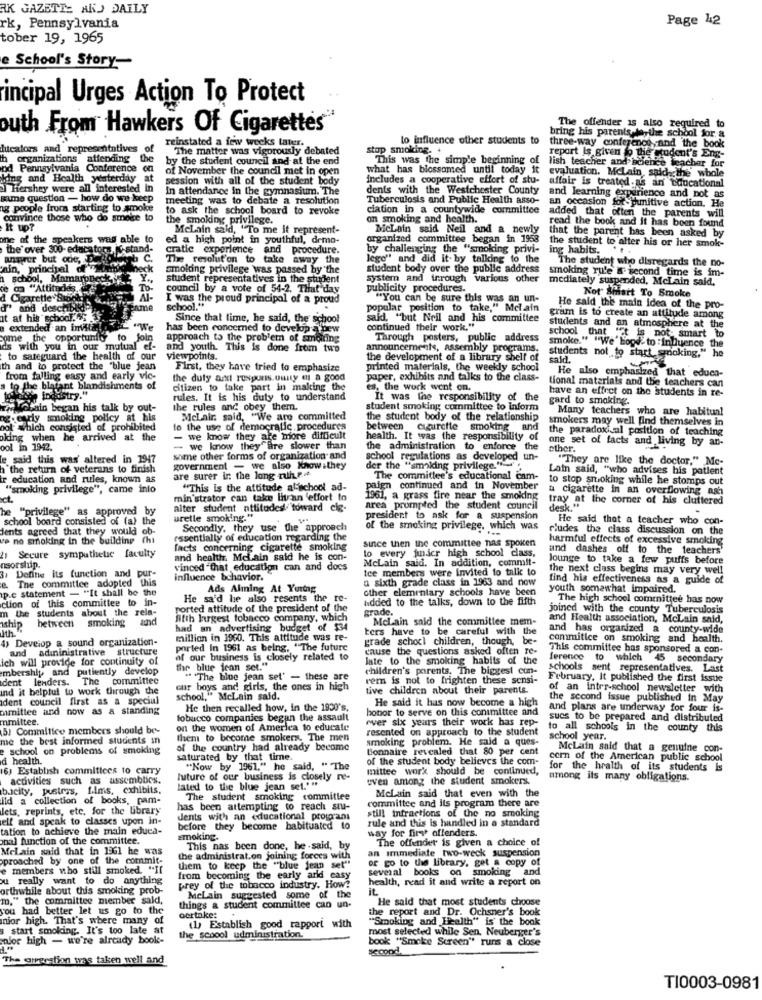
AK GAZETTE AKS DAILY
Page 42
rk, Pennsylvania
tober 19, 1965
e School's Story-
incipal Urges Action To Protect
The offender is also required to
outh From Hawkers Of Cigarettes
to influence other students to
bring his parents la the school for a
lucalors and representatives of
reinstated a few weeks later.
The matter was vigorously debated
stop smoking.
three-way conference , and the book
organizations attending the
by the student council and at the end
This was the simple beginning of lish teacher and science teacher for
the student's Eng-
od Pennsylvania Conference on
of November the council met in open
what has blossomed until today it
evaluation. Mclain, said the whole
king and Health yesterday
session with all of the student body
includes a cooperative effort of stu-
affair is treated.as an caucational
Hershey were all interested
In attendance in the gymnasium. The
dents with the Westchester County
summe question - how do we keep
meeting was to debate a resolution
Tuberculosis and Public Health asso-
and learning experience and not as
an occasion forSpunitive action. He
ag people from starting to smoke
to ask the school board to revoke
ciation in a countywide committee
added that often the parents will
convince those who do smoke to
the smoking privilege.
on smoking and health.
read the book and it has been found
It up?
McLain said, "To me it represent-
MeLain said Neil and a newly
that the parent has been asked by
one of the speakers was able to
ed a high point in youthful, demo-
organized committee began in 1958
the student to alter his or her smok-
the over 300-educators K.stand-
cratic experience
and procedure.
by challenging the "smoking privi-
ing habits.
angrer but ode, P.39
The resolut'on to take away the
lege"' and did it by talking to the
The student who disregards the no-
'nin, principal of'ruhig
smoking privilege was passed by the
student body over the public address
smoking rule a second time is im-
school, Mamaroneck
student representatives in the student
System and trrough various other
mediately suspended, McLain said,
o "Attiredes
To-
council by a vote of 54-2. That day
publicity procedures.
Not Shiatt To Smoke
d Cigarette Bubok
AI-
I was the proud principal of a proud
"You can be sure this was an un-
d" and deschbles
PERme
school."
popular position to take," Mclain
He said the main idea of the pro-
at at his school. 45
Since that time, he said, the school
said, "but Neil and his committee
gram is to create an attitude among
extended an invita
"We
has been concerned to develop a bew
continued their work."
students and an atmosphere at the
school that it is not- smart to
come the opportunity to join
approach to the problem of smoking
Through posters, public address
smoke." "We' Lood to :influence the
ds with you in our mutual ef-
and youth. This is done from two
announcements, assembly programs.
to safeguard the health of our
viewpoints.
the development of a library shelf of
said.
students not to start smoking,"
th and to protect the "blue jean
First, they have tried to emphasize
printed materials, the weekly school
He also emphasized that educa-
from falling easy and early vic-
the duty azxt respuns.omity e a good
paper, exhibits and talks to the class-
tional materials and the teachers can
s to the blatant blandishments of
citizen to take part in making the
es, the work went on.
have an effect on the students in re-
Legen industry."
rules. It is his duty to understand
It was the responsibility of the
gard to smoking.
w Kebain began his talk by out-
the rules and obey them.
student smoking committee to inform
Many teachers who are habitual
nearly smoking policy at his
McLair. said, "We are committed
the student body of the relationship
smokers may well find themselves in
ool Which consisted of prohibited
to the use of democratic procedures
between
cigarette smoking and
the paradoxical position of teaching
oking when he arrived at the
- we know they are more difficult
health. It was the responsibility of
one set of facts and living by an-
ool in 1942.
- we know theyfare slower than
the administration to enforce the
ether.
le said this was' altered in 1947
some other forms of organization and
school regulations as developed un-
"They are like the doctor," Mc-
the return of veterans to finish
government - we also Know.they
der the "smoking privilege. "
Lain said, "who advises his patient
ir education and rules, known as
are surer in the long nih ?...
The committee's educational cam-
to stop smoking while he stomps out
""smoking privilege", came into
"This is the attitude atschool ad-
paign continued and in November
a cigarette in an overflowing ash
min'strator can take litan effort to
1961, a grass fire near the smoking
tray at the corner of his cluttered
he "privilege" as approved by
alter student attitudes toward cie-
area prompted the student council
desk."
school board consisted of (a) the
urelle smoking."
president to ask for a suspension
He said that a teacher who con-
dents agreed that they would ob-
Secondly, they use the approach
of the smoking privilege, which was
rludes the class discussion on the
ve no smoking in the building (h)
essentially of education regarding the
since then the committee nas spoken
harmful effects of excessive smoking
facts concerning cigarette s
lo every junior high school class,
und dashes off to the teachers'
2 Secure sympathetic faculty
and health. Mclain said he is con-
McLain said. In addition, commit-
lounge to take a few puffs before
nsorship.
3. Define Its function and pur-
vinced that education can and docs
tee members were invited to talk to
the next class begins may very well
e. The committee adopted this
influence bchavior.
a sixth grade class in 1963 and now
find his effectiveness as a guide of
p.e statement - "It shall be the
Ads Alming At Yurtng
other elementary schools have been
youth somewhat impaired.
ction of this committee to in-
He sa'd he also resents the re-
added to the talks, down to the fifth
The high school committee has now
m the students about the rela-
ported attitude of the president of the
grade.
joined with the county Tuberculosis
between smoking
Btth bigest tobacco company, which
McLain said the committee mem-
and Health association, McLain said,
Aship
Ith."
had an advertising budget of $34
ters have to be careful with the
and has organized a county-wide
4) Develop a sound organization-
million in 1960. This attitude was re-
grade school children, though, be-
commitice on smoking and health.
and adininistrative structure
ported in 1961 as being, "The future
cause the questions asked often re-
This committee has sponsored a con-
ich will provide for continuity of
of our business is closely related to
late to the smoking habits of the
ference to which 45 secondary
mbership, and putiently develop
the blue jean set."
children's parents, The biggest con-
schools sent representatives. Last
dent lenders. The committee
" "The blue jean set' - these are
vem is not to frighten these sensi-
February, It published the first issue
Ind it belptut to work through the
cur boys and girls, the ones in high
tive children about their parents.
of an inter-school newsletter with
ident council first as a speciul
school," McLain said.
He said it has now become a high
the second issue published in May
mmitlee and now as a standing
He then recalled how, in the 1930's,
hobor to serve on this conimittee and
and plans are underway for four is-
mmittee.
fobucco companies began the assault
ever six years their work has rep-
sucs to be prepared and distributed
5) Committee members should be-
on the women of America to educate
resented on approach to the student
to all schools in the county
this
me the best informed students in
them to become smokers. The men
smoking problem. He said a ques-
school year.
school on problems of smoking
of the country had already become
Bonnaire revealed that 80 per cent
Mclain said that a genuine con-
d health.
saturated by that time.
of the student body believes the com-
cern of the American public school
6) Establish committees to carry
"Now by 1961." he said, " The
mittee work should be continued,
for the health of its students is
activities such as assembbes.
luture of our business is closely re-
even among the student smokers.
among its many obligations.
buscity, pustrys, fims, exhibits,
tated to the blue jean set.""
lid a collection of books, pam-
The student smoking committee
committee and ils program there are
McLain said that even with the
lets, reprints, etc. for the library
has been attempting to reach stu-
elf and speak to classes upon in-
dents with an educational programs
rule and this is handled in a standard
still infractions of the no smoking
tation to achieve the main educa-
before they become babituated
way for first offenders.
onal function of the committee.
smoking.
The offender is given a choice of
Melain said that in 1961 he was
This nas been done, he - said, by
an immediate two-weck suspension
proached by one of the commit-
the administrat.on joining forces with
or go to the library, get a copy of
e members who still smoked. "If
them to keep the "blue jean
several books on smoking and
u really want to do anything
from becoming the early and easy
health, read it and write a report on
orthwhile about this smoking prob-
prey of the tobacco industry. How?
it.
m." the committee member said,
MeLain suggested some of the
He said that most students choose
you had better let us go to the
things a student committee can un-
ocrtake:
the report and Dr. Ochsner's book
nior high. That's where many of
"Smoking and Health" is the book
start smoking. It's too late at
(1) Establish good rapport with
most selected while Sen. Neuberger's
ofor high - we're already book-
the school udministration.
book "Smoke Screen" runs a close
The oreration was taken well and
TI0003-0981